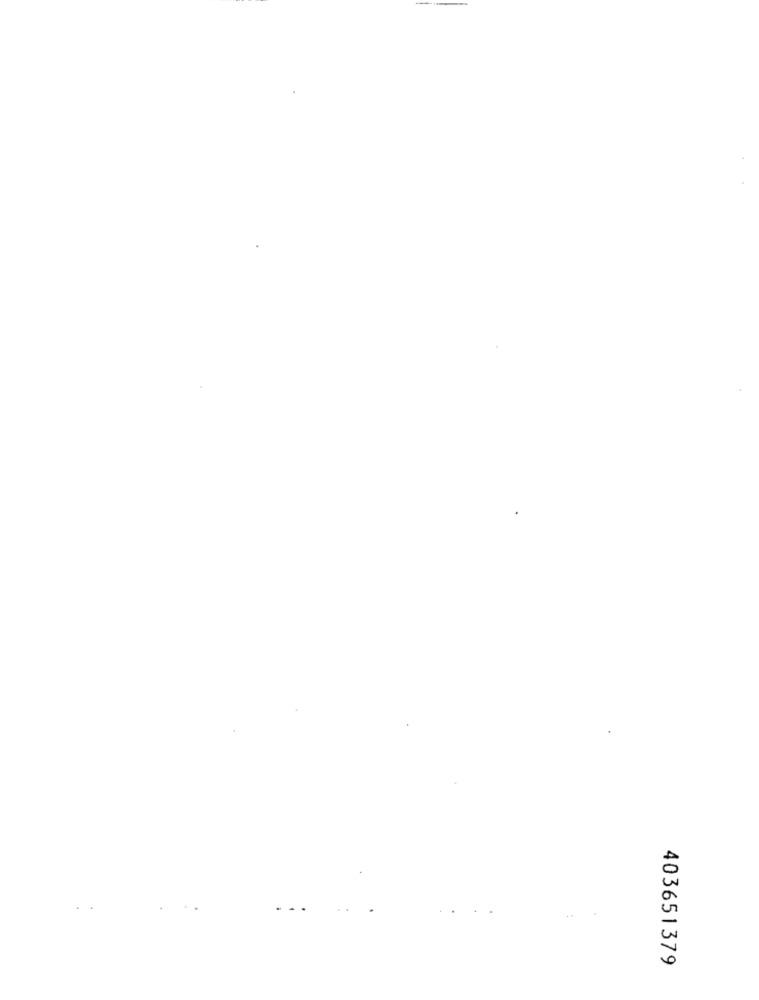
403651379